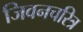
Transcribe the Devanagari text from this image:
जिवनचरित्र